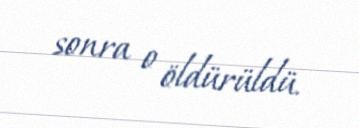
sonra o öldürüldü.